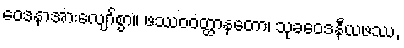
ဝေဒနာအားလျော်စွာ။ ဖဿဝဝတ္ထာနတော၊ သုခဝေဒနီယဖဿ,